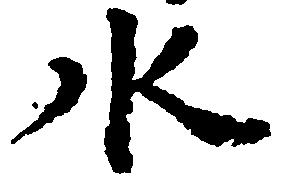
水